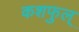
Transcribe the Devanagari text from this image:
कशफुल्